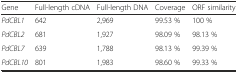
<table><thead><tr><td><b>Gene</b></td><td><b>Full-length cDNA</b></td><td><b>Full-length DNA</b></td><td><b>Coverage</b></td><td><b>ORF similarity</b></td></tr></thead><tbody><tr><td><i>PdCBL1</i></td><td>642</td><td>2,969</td><td>99.53 %</td><td>100 %</td></tr><tr><td><i>PdCBL2</i></td><td>681</td><td>1,927</td><td>98.09 %</td><td>98.13 %</td></tr><tr><td><i>PdCBL7</i></td><td>639</td><td>1,788</td><td>98.13 %</td><td>99.39 %</td></tr><tr><td><i>PdCBL10</i></td><td>801</td><td>1,983</td><td>98.60 %</td><td>99.33 %</td></tr></tbody></table>